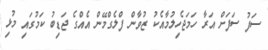
ސަފު ސަފަށް އަރާ ހަމަޖެހިލުމާއެކު ޒުވާން ފްލެގްމޭން އެއްގެ ޖަޑިބު ކަމުގައި މުޅި